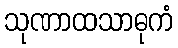
သုဏာထသာဓုကံ